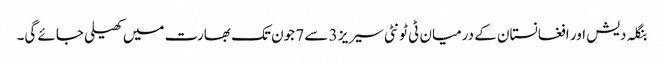
بنگلہ دیش اور افغانستان کے درمیان ٹی ٹونٹی سیریز 3 سے 7 جون تک بھارت میں کھیلی جائے گی۔